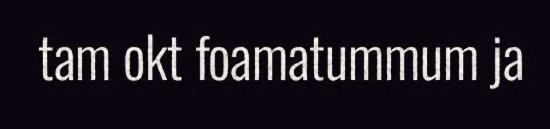
tam okt foamatummum ja